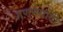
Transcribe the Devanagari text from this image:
गणनेसाठी